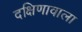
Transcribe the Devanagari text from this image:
दक्षिणावाला